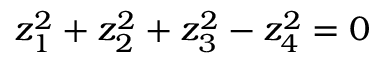
z _ { 1 } ^ { 2 } + z _ { 2 } ^ { 2 } + z _ { 3 } ^ { 2 } - z _ { 4 } ^ { 2 } = 0